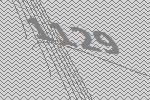
1129